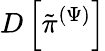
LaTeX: D\left[\tilde{\pi}^{(\Psi)}\right]